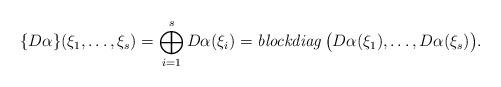
LaTeX: \begin{align*}\{D\alpha \}(\xi_1,\ldots,\xi_s)=\bigoplus_{i=1}^s D\alpha(\xi_i) = \textrm{\emph{blockdiag}}\,\big(D\alpha(\xi_1),\ldots,D\alpha(\xi_s) \big).\end{align*}